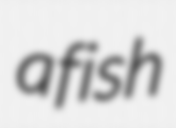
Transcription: a fish